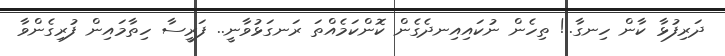
ދަރިފުޅާ ކާން ހިނގާ..! ތިހެން ނުކައިއިނދެގެން ކޮންކަމެއްތަ ރަނގަޅުވާނީ.. ފަރީސާ ހިތާމައިން ފުރިގެންވާ